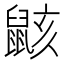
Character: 𱌎